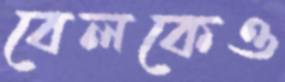
বেলকেও